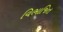
વિભાજિત